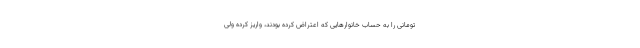
تومانی را به حساب خانوارهایی که اعتراض کرده بودند، واریز کرده ولی